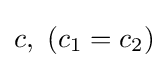
c,\ (c_{1}=c_{2})